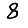
Digit: 8